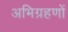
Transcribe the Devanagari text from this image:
अभिग्रहणों